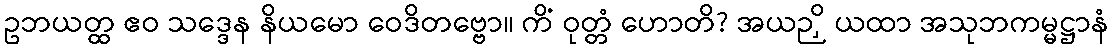
ဥဘယတ္ထ ဧဝ သဒ္ဒေန နိယမော ဝေဒိတဗ္ဗော။ ကိံ ဝုတ္တံ ဟောတိ? အယဉှိ ယထာ အသုဘကမ္မဋ္ဌာနံ